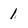
Character: l